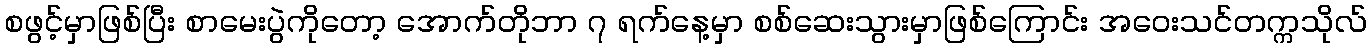
စဖွင့်မှာဖြစ်ပြီး စာမေးပွဲကိုတော့ အောက်တိုဘာ ၇ ရက်နေ့မှာ စစ်ဆေးသွားမှာဖြစ်ကြောင်း အဝေးသင်တက္ကသိုလ်